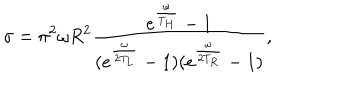
\sigma = \pi ^ { 2 } \omega R ^ { 2 } \frac { e ^ { \frac { \omega } { T _ { H } } } - 1 } { ( e ^ { \frac { \omega } { 2 T _ { L } } } - 1 ) ( e ^ { \frac { \omega } { 2 T _ { R } } } - 1 ) } ,